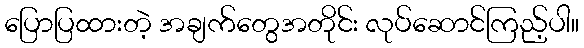
ပြောပြထားတဲ့ အချက်တွေအတိုင်း လုပ်ဆောင်ကြည့်ပါ။